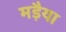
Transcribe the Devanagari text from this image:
मड़ैया